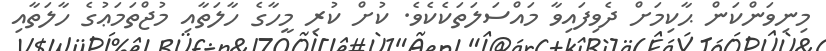
މިނިވަންކަން ޙާކިމަށް ދެވިފައިވާ މައްސަލަތަކެކެވެ. ކުށް ކުރި މީހާގެ ހާލަތާއި މުޖްތަމަޢުގެ ހާލަތާއި